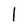
Character: l